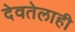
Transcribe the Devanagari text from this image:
देवतेलाही